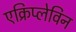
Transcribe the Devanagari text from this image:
एक्रिप्लेविन